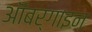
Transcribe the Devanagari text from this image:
ऑबर्गाइन